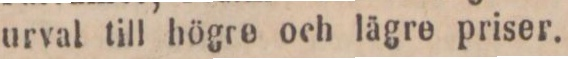
urval till högre och lägre priser.